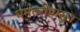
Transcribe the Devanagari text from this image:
धमतरीपासून